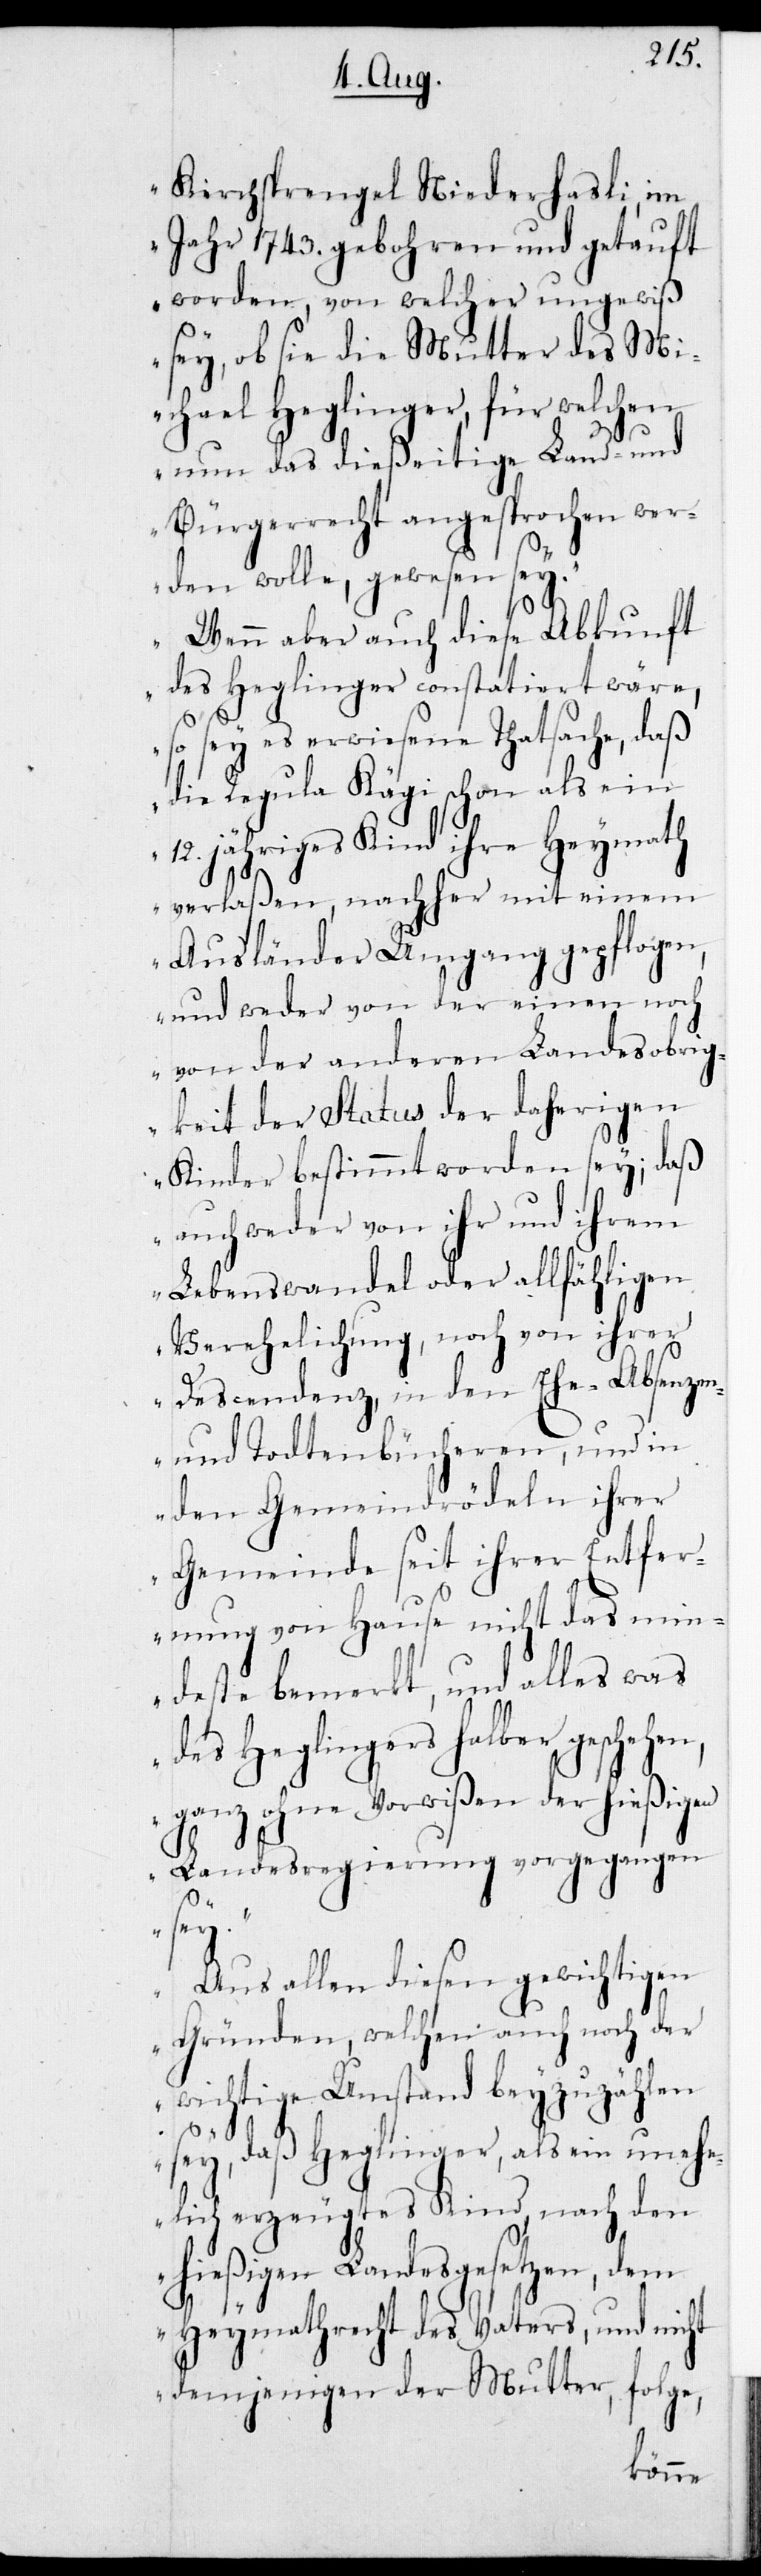
Kirchsprengel Niederhasli, im
Jahr 1743. gebohren und getauft
worden, von welcher ungewiß
sey, ob sie die Mutter des Mi¬
chael Heglinger, für welchen
nun das dießeitige Land- und
Bürgerrecht angesprochen wer¬
den wolle, gewesen sey.
Wenn aber auch diese Abkunft
des Heglinger constatiert wäre,
so sey es erwiesene Thatsache, daß
die Regula Kägi schon als ein
jähriges Kind ihre Heymath
verlaßen, nachher mit einem
Ausländer Umgang gepflogen,
und weder von der einen noch
von der anderen Landesobrig¬
keit der Status der daherigen
Kinder bestimmt worden sey; daß
auch weder von ihr und ihrem
Lebenswandel oder allfähligen
Verehelichung, noch von ihrer
Descendenz, in den Ehe-, Absenzen-
und Todtenbücheren, und in
den Gemeindrödeln ihrer
Gemeinde seit ihrer Entfer¬
nung von Hause nicht das min¬
deste bemerkt, und alles was
des Heglingers halber geschehen,
ganz ohne Vorwißen der hießigen
Landesregierung vorgegangen
sey.
Aus allen diesen gewichtigen
Gründen, welchen auch noch der
wichtige Umstand beyzuzählen
sey, daß Heglinger, als ein unehe¬
lich erzeugtes Kind, nach den
hießigen Landesgesetzen, dem
Heymathrecht des Vaters, und nicht
demjenigen der Mutter, folge,